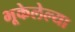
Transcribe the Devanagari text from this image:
भूकेलेल्या